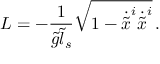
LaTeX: { \cal L } = - \frac { 1 } { \tilde { g } \tilde { l } _ { s } } \sqrt { 1 - \dot { \tilde { x } } ^ { i } \dot { \tilde { x } } ^ { i } } \, .